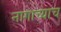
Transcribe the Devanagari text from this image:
नागाच्याच